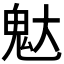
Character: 𮹒